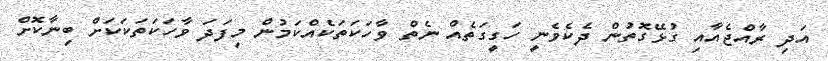
އަދި ރާއްޖެއާއި ގުޅޭގޮތުން ދެކެވެނީ ހަގީގަތެއް ނެތް ވާހަކަތަކެއްކަމުން މިފަދަ ވާހަކަތަކަކަށް ބިނާކޮށް